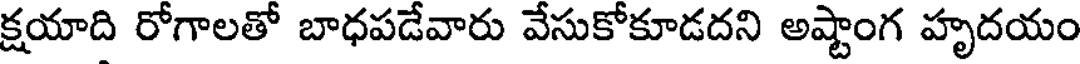
క్షయాది రోగాలతో బాధపడేవారు వేసుకోకూడదని అష్టాంగ హృదయం